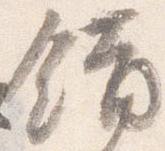
錯